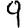
Digit: 9